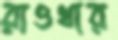
রাওথার